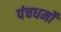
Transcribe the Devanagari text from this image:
पंचधर्मों